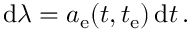
\begin{array} { r } { \, \mathrm { d } \lambda = a _ { \mathrm { e } } ( t , t _ { \mathrm { e } } ) \, \mathrm { d } t \, . } \end{array}